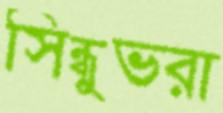
সিন্ধুভরা